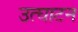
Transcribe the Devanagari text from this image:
उत्घाटन